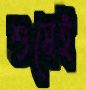
শুষেই